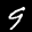
Label: 9